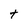
Character: t